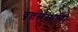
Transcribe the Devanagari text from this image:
वृत्तसंस्थांनी